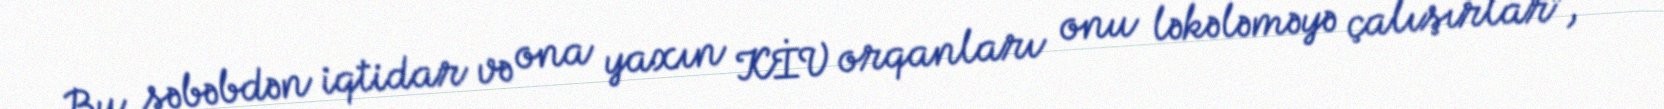
Bu səbəbdən iqtidar və ona yaxın KİV orqanları onu ləkələməyə çalışırlar”, -